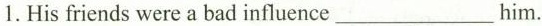
1. His friends were a bad influence ___ him.